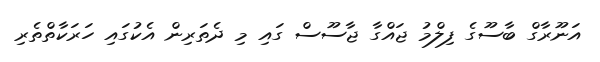
އަނޫރާގް ބާސޫގެ ފިލްމު ޖައްގާ ޖާސޫސް ގައި މި ދެތަރިން އެކުގައި ހަރަކާތްތެރި